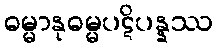
ဓမ္မာနုဓမ္မပဋိပန္နဿ